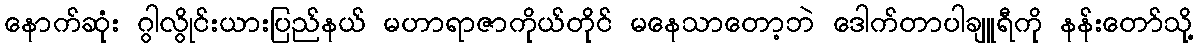
နောက်ဆုံး ဂွါလွိုင်းယားပြည်နယ် မဟာရာဇာကိုယ်တိုင် မနေသာတော့ဘဲ ဒေါက်တာပါချူရီကို နန်းတော်သို့